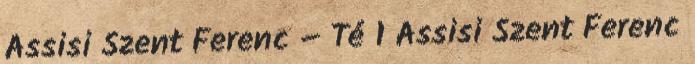
Assisi Szent Ferenc – Té 1 Assisi Szent Ferenc